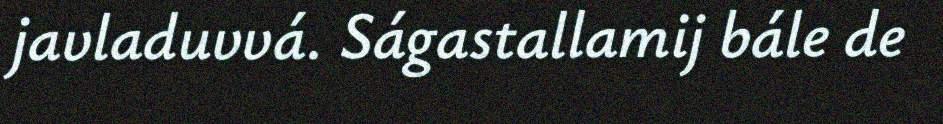
javladuvvá. Ságastallamij bále de